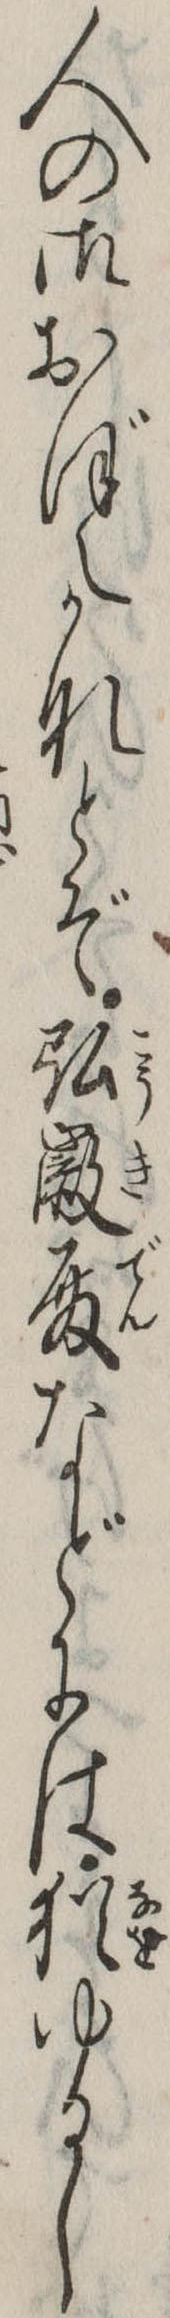
人の御おぼえかなとぞ弘徽殿などには猶ゆるし